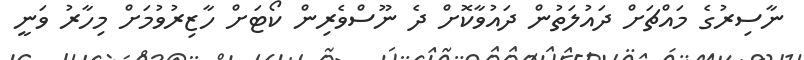
ނާސިރުގެ މައްޗަށް ދައުލަތުން ދައުވާކޮށް ދެ ނޫސްވެރިން ކޯޓަށް ހާޒިރުވުމަށް މިހާރު ވަނީ